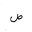
Letter: _sad